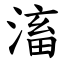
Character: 滀